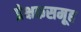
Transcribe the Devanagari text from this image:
प्रेक्षकसमूह